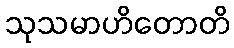
သုသမာဟိတောတိ